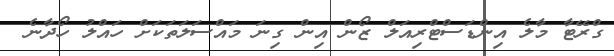
ގްރޭޓާ މާލެ އިންޑަސްޓްރިއަލް ޒޯން އިން ގިނަ މައްސަލަތަކަށް ހައްލު ހޯދާނެ